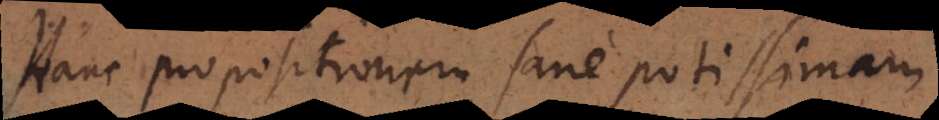
Hanc propositionem sane potissimam,